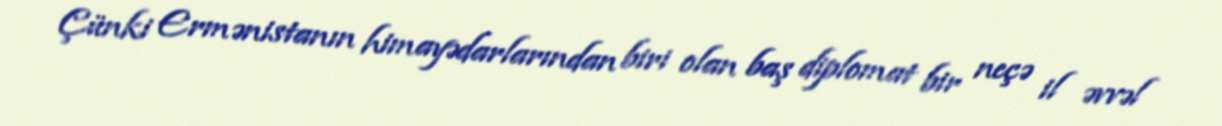
Çünki Ermənistanın himayədarlarından biri olan baş diplomat bir neçə il əvvəl